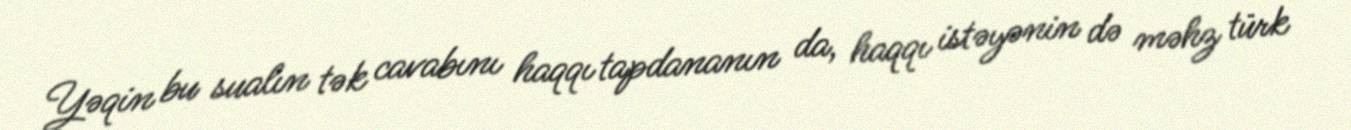
Yəqin bu sualın tək cavabını haqqı tapdananın da, haqqı istəyənin də məhz türk